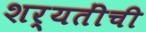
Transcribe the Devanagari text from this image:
शर्यतींची